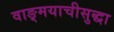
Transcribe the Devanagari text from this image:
वाङ्मयाचीसुद्धा